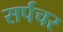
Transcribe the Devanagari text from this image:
सर्पचर